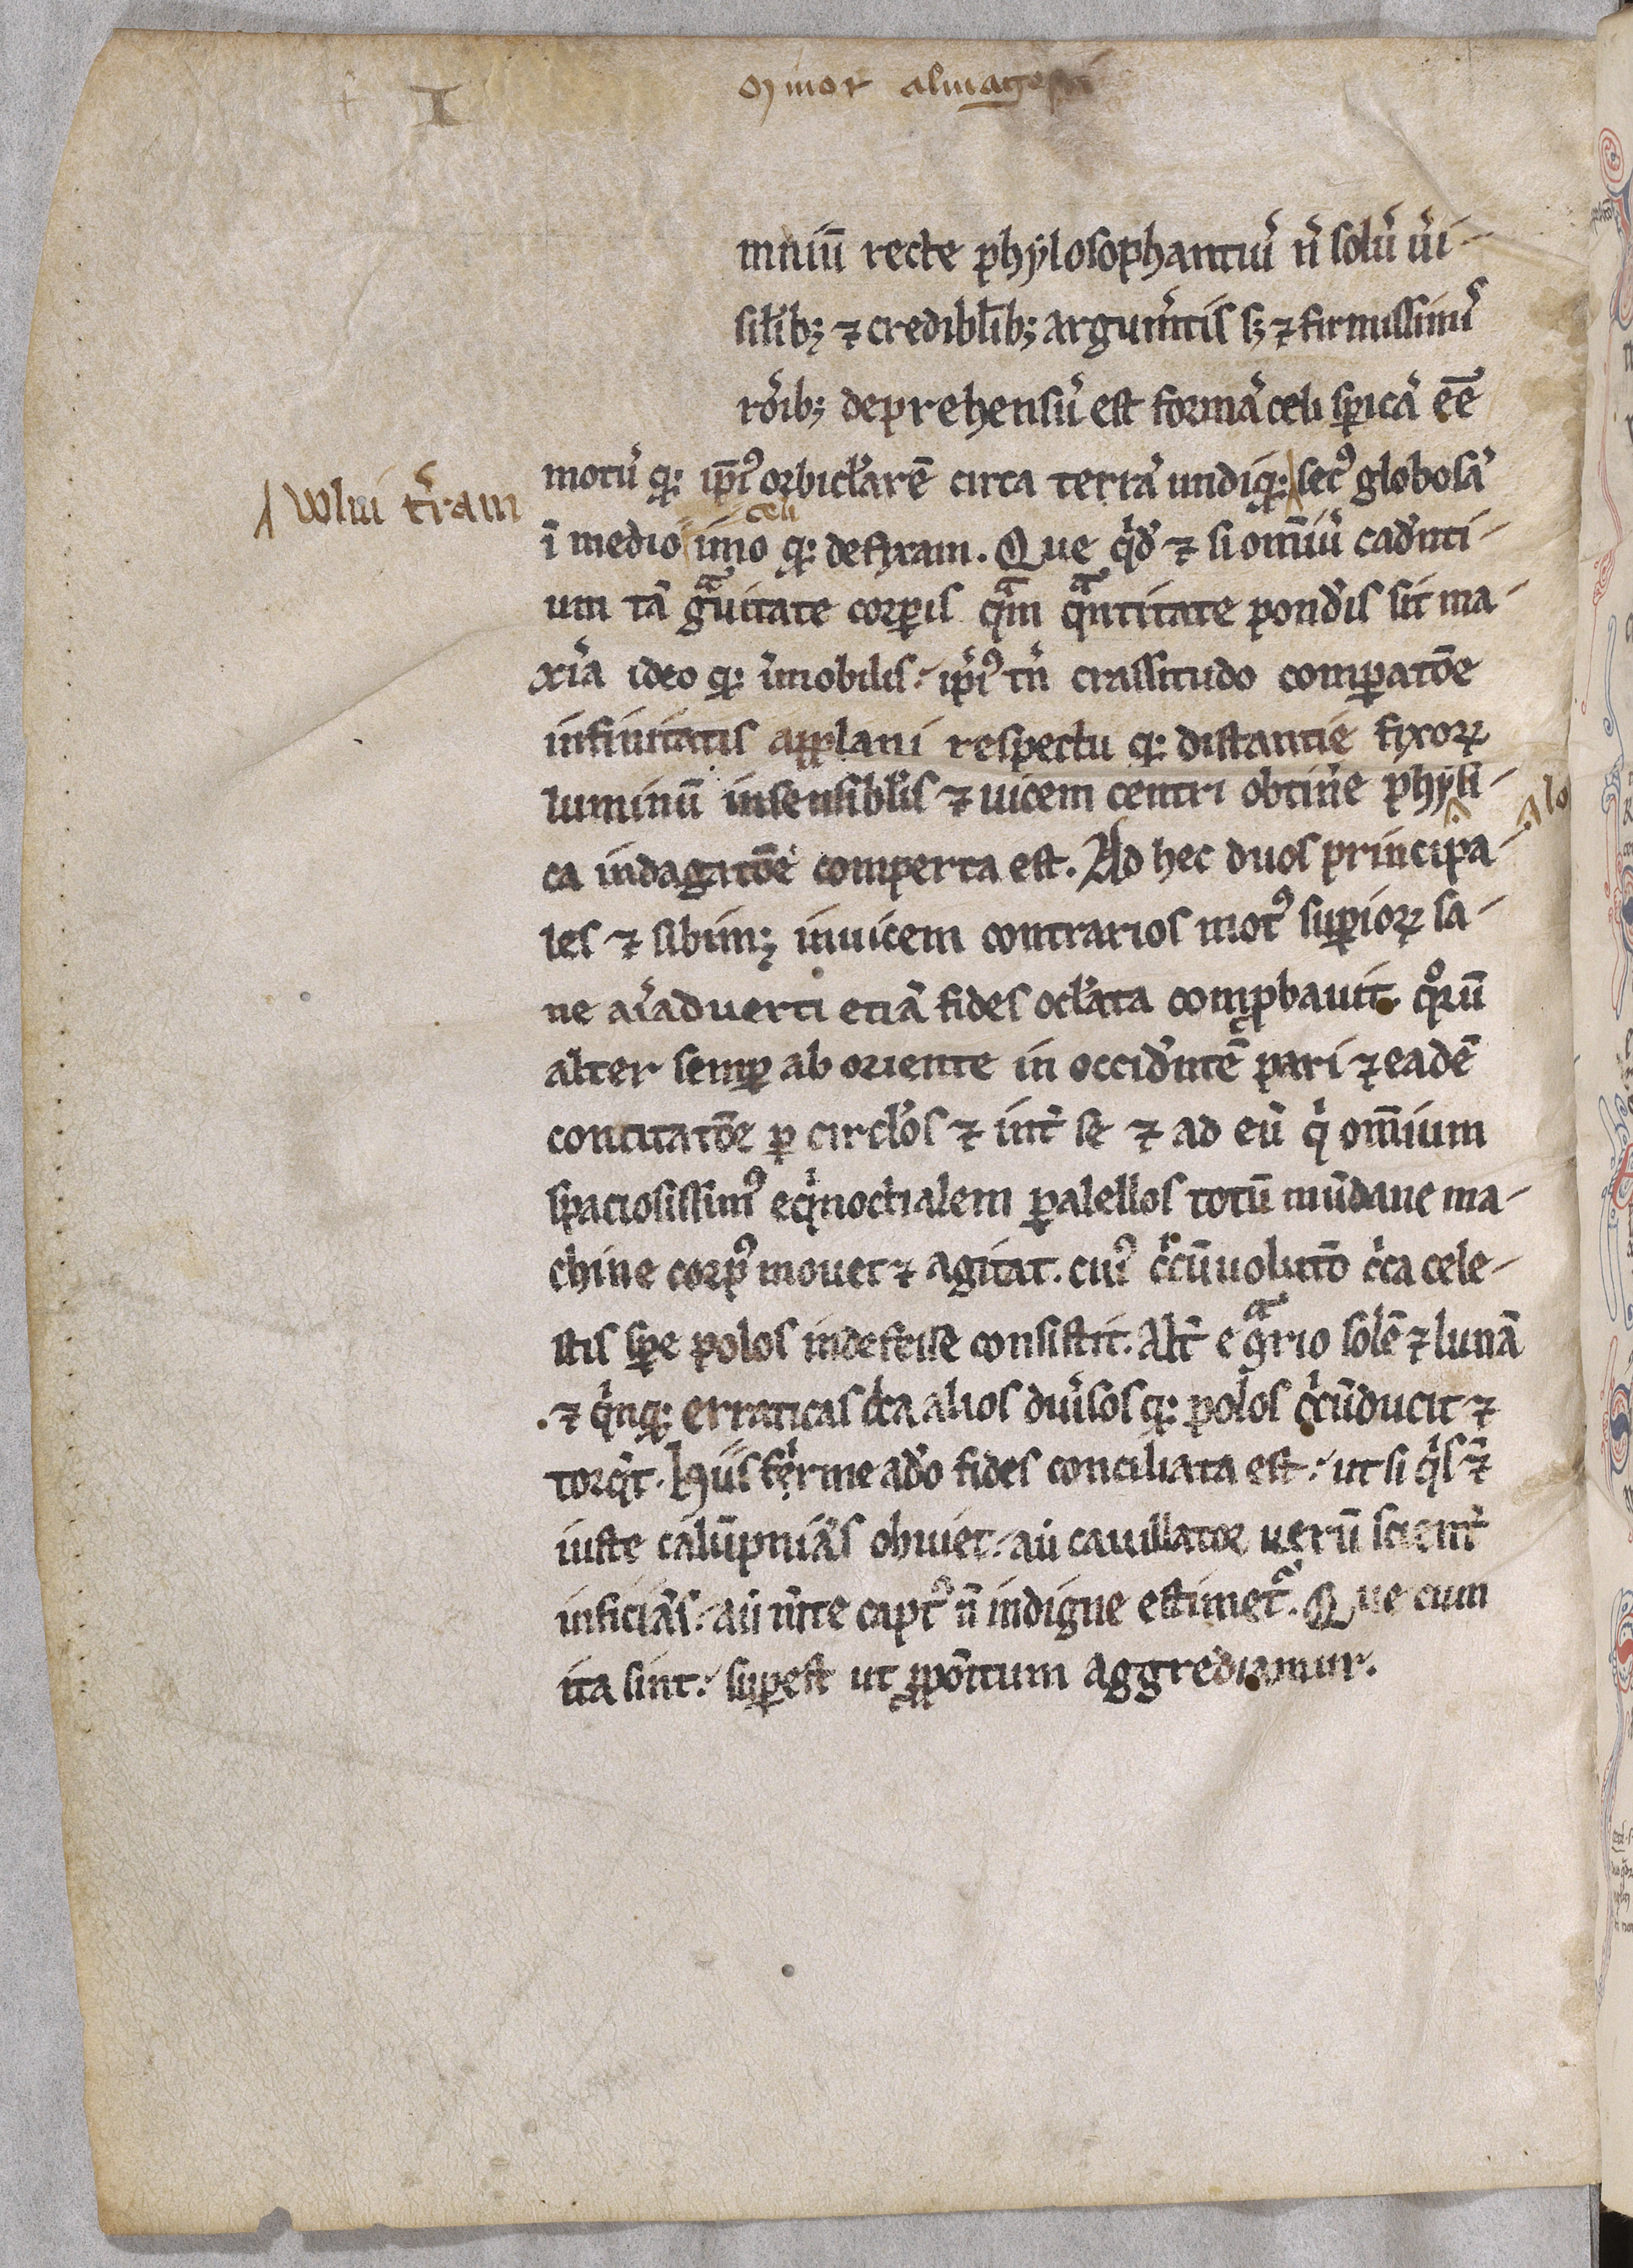
Shelfmark: Paris, BnF, lat. 16657
Century: 13